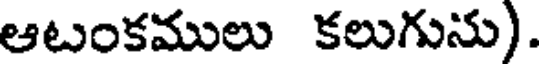
ఆటంకములు కలుగును).